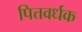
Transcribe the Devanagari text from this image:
पित्तवर्धक